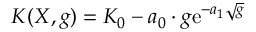
K ( X , g ) = K _ { 0 } - a _ { 0 } \cdot g \mathrm { e } ^ { - a _ { 1 } \sqrt { g } }